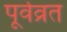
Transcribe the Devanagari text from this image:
पूर्वव्रत